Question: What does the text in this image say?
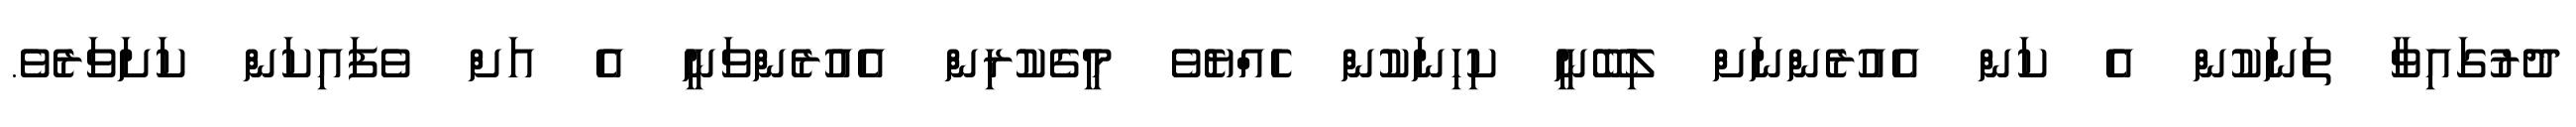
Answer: ދުރުގައިވާ ތަނަކުން އެ ކަން އެއުރެންނަށް ލިބޭނީ ކިހިނަކުން ހެއްޔެވެ މީގެކުރިން އެއުރެންވަނީ އެ އަށް ވެފައިކަން ކަށަވަރެވެ.